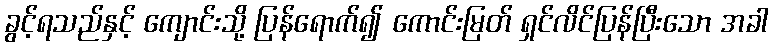
ခွင့်ရသည်နှင့် ကျောင်းသို့ ပြန်ရောက်၍ ကောင်းမြတ် ရှင်လိင်ပြန်ပြီးသော အခါ